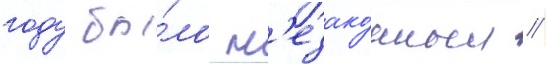
году бы́ло н'езако́нным //